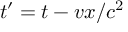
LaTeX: t ^ { \prime } = t - v x / c ^ { 2 }